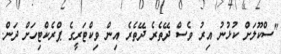
"ސްކޫލަށް ކުޅުނު އިރު ވެސް ދޭތެރެ ދޭތެރެ އިން ވިކްޓަރީގެ ޕްރެކްޓިހަށް ދަން.